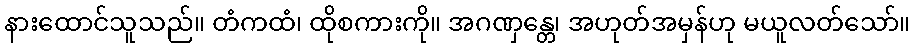
နားထောင်သူသည်။ တံကထံ၊ ထိုစကားကို။ အဂဏှန္တေ၊ အဟုတ်အမှန်ဟု မယူလတ်သော်။